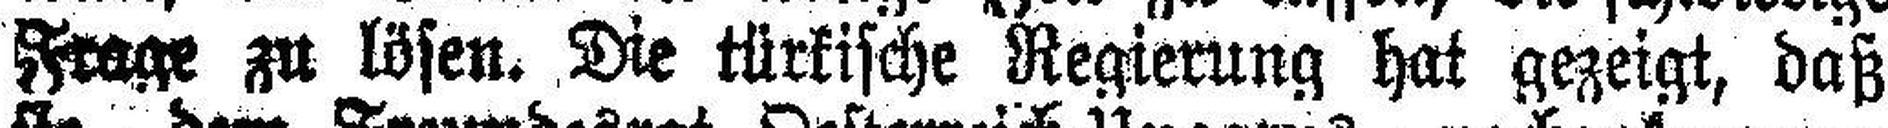
Frage zu lösen. Die türkische Regierung hat gezeigt, daß